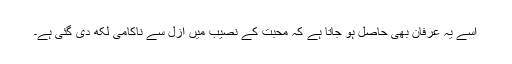
اسے یہ عرفان بھی حاصل ہو جاتا ہے کہ محبت کے نصیب میں ازل سے ناکامی لکھ دی گئی ہے۔